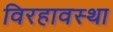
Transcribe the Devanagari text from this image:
विरहावस्था